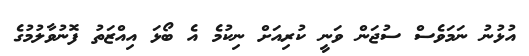
އުޅުނު ނަމަވެސް ސުޖަން ވަނީ ކުރިއަށް ނިކުމެ އެ ބޯޅަ އިއްޒަތު ފޮނުވާލުމުގެ